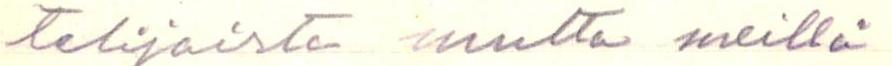
telijoista mutta meillä